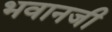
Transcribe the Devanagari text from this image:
भवानजी